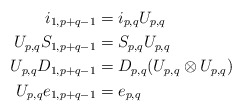
\begin{align*}i_{1,p+q-1}&=i_{p,q}U_{p,q} \\U_{p,q}S_{1,p+q-1}&=S_{p,q}U_{p,q} \\U_{p,q}D_{1,p+q-1}&=D_{p,q}(U_{p,q} \otimes U_{p,q}) \\U_{p,q}e_{1,p+q-1}&=e_{p,q} \end{align*}